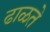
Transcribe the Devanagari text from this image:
ढाळते